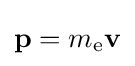
\mathbf {p} =m_{\text{e}}\mathbf {v}